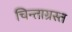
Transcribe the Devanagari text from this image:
चिन्ताग्रस्त